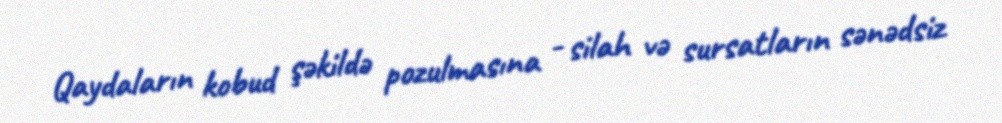
Qaydaların kobud şəkildə pozulmasına - silah və sursatların sənədsiz